Vaccination United Provinces of Agra and Oudh 1923-1928 - 1923-1928
Year: 1923
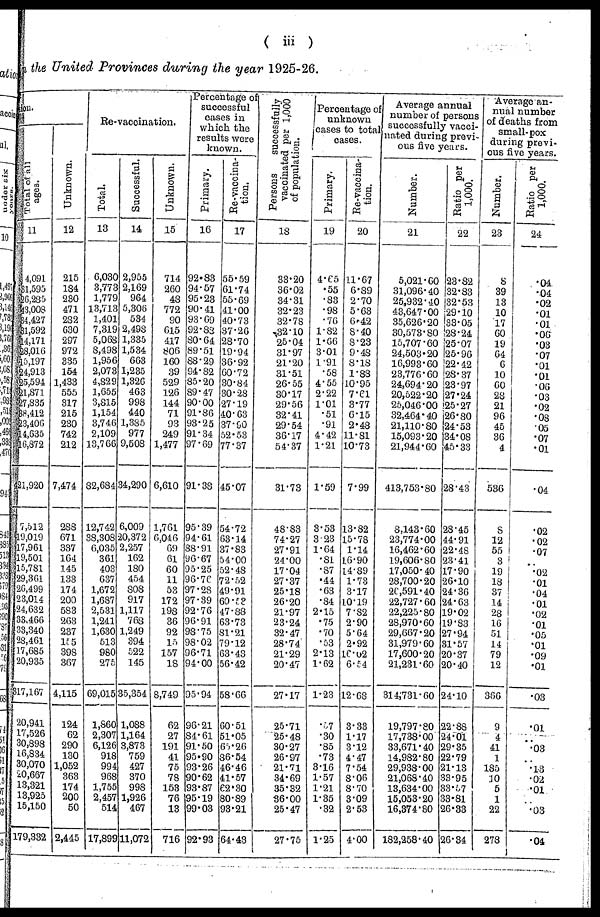
( iii)
in the United Provinces during the year 1925-26.
ion.
Total of all
ages.
11
4,091
31,595
26,285
43,008
34,427
31,592
14,171
28,016
15,197
24,913
25,594
21,871
27,835
88,412
23,400
14,635
16,872
421,920
7,512
19,019
17,961
19,501
15,781
29,361
26,499
23,014
24,632
33,466
33,340
28,461
17,685
20,935
317,167
20,941
17,526
30,898
16,834
30,070
20,667
13,321
13,925
15,150
179,332
Unknown.
12
215
184
230
471
282
630
297
972
335
154
1,433
555
317
215
230
742
212
7,474
288
671
337
164
145
133
174
200
583
263
237
155
398
367
4,115
124
62
290
130
1,052
363
174
200
50
2,445
Re-vaccination.
Total.
13
6,030
3,773
1,779
13,713
1,401
7,319
5,068
8,498
1,956
2,073
4,829
1,655
3,815
1,154
3,746
2,109
13,766
82,684
12,742
38,308
6,035
361
403
637
1,672
1,687
2,531
1,241
1,630
513
980
275
69,015
1,860
2,307
6,126
918
994
968
1,755
2,457
514
17,899
Successful.
14
2,955
2,169
964
5,306
534
2,498
1,335
1,534
663
1,235
1,326
463
998
440
1,385
977
9,508
34,290
6,009
20,372
2,257
162
180
454
808
917
1,117
768
1,249
394
522
145
35,354
1,088
1,164
3,873
759
427
370
998
1,926
467
11,072
Unknown.
15
714
260
48
772
90
615
417
806
160
39
529
126
144
71
93
249
1,477
6,610
1,761
6,046
69
61
60
11
53
172
198
36
92
15
157
18
8,749
62
27
191
41
75
78
153
76
13
716
Percentage of
successful
cases in
which the
results were
known.
Primary.
16
92.83
94.57
95.23
90.41
93.69
92.88
80.64
89.51
88.29
94.82
85.20
89.47
90.00
91.86
93.25
91.34
97.69
91.38
95.39
94.61
88.91
96.67
95.25
96.76
97.28
97.39
92.76
96.91
98.75
98.02
96.71
94.00
95.94
96.21
84.61
91.50
95.90
93.26
90.62
93.87
95.19
99.03
92.93
Re-vaccina¬
tion.
17
55.59
61.74
55.69
41.00
40.73
37.26
28.70
19.94
36.92
60.72
30.84
30.28
27.19
40.63
37.90
52.53
77.37
45.07
54.72
63.14
37.83
54.00
52.48
72.52
49.91
60.53
47.88
63.73
81.21
79.12
63.43
56.42
58.66
60.51
51.05
65.26
36.54
46.46
41.57
62.30
80.89
93.21
64.43
Persons
successfully
vaccinated per 1,000
of population.
18
33.20
36.02
34.31
32.23
32.78
32.10
25.04
31.97
21.20
31.51
26.55
30.17
29.56
32.41
29.54
36.17
54.37
31.73
48.83
74.27
27.91
24.00
17.04
27.37
25.18
26.20
21.97
23.24
32.47
28.74
21.29
20.47
27.17
25.71
25.48
30.27
26.97
21.71
34.69
35.32
36.00
25.47
27.75
Percentage of
unknown
cases to total
cases.
Primary.
19
4.65
.55
.83
.98
.76
1.82
1.66
3.01
1.91
.58
4.55
2.22
1.01
.51
.91
4.42
1.21
1.59
3.53
3.23
1.64
.81
.87
.44
.63
.84
2.15
.75
.70
.53
2.13
1.62
1.23
.57
.30
.85
.73
3.16
1.57
1.21
1.35
.32
1.25
Re-vaccina¬
tion.
20
11.67
6.89
2.70
5.63
6.42
8.40
8.23
9.48
8.18
1.88
10.95
7.61
3.77
6.15
2.48
11.81
10.73
7.99
13.82
15.78
1.14
16.90
14.89
1.73
3.17
10.19
7.82
2.90
5.64
2.92
16.02
6.54
12.68
3.33
1.17
3.12
4.47
7.54
8.06
8.70
3.09
2.53
4.00
Average annual
number of persons
successfully vacci¬
nated during previ¬
ous five years.
Number.
21
5,021.60
31,096.40
25,932.40
43,647.00
35,626.20
30,573.80
15,707.60
24,503.20
16,993.60
23,776.60
24,694.20
20,522.20
25,046.00
32,464.40
21,110.80
15,093.20
21,944.60
413,753.80
8,143.60
23,774.00
16,462.60
19,606.80
17,050.40
28,700.20
26,591.40
22,727.60
22,225.80
28,970.60
29,667.20
31,979.60
17,600.20
21,231.60
314,731.60
19,797.80
17,738.00
33,671.40
14,982.80
29,938.00
21,068.40
13,634.00
15,053.20
16,374.80
182,258.40
Ratio per
1,000.
22
23.82
32.83
32.53
29.10
33.05
28.24
25.07
25.96
22.42
28.37
23.97
27.24
25.27
26.80
24.53
34.08
45.33
28.43
28.45
44.91
22.48
23.41
17.90
26.10
24.36
24.63
19.02
19.83
27.94
31.57
20.37
20.40
24.10
22.88
24.01
29.35
22.79
21.13
33.95
33.57
33.81
26.33
26.34
Average an-
nual number
of deaths from
small-pox
during previ-
ous five years.
Number.
23
8
39
13
10
17
60
19
64
6
10
60
28
21
96
45
36
4
536
8
12
55
3
19
18
37
14
28
16
51
14
79
12
366
9
4
41
1
185
10
5
1
22
278
Ratio per
1,000.
24
. 04
.04
.02
.01
.01
.06
.03
.07
.01
.01
.06
.03
.02
.08
.05
.07
.01
.04
.02
.02
.07
..
.02
.01
.04
.01
.02
.01
.05
.01
.09
.01
.03
.01
..
.03
..
.13
.02
.01
..
.03
.04